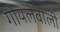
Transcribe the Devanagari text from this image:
गोयलेवाली